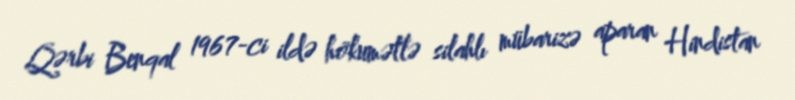
Qərbi Benqal 1967-ci ildə hökumətlə silahlı mübarizə aparan Hindistan